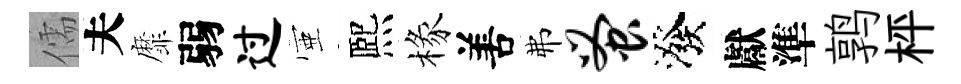
儒夫靡弱过壺熈椽𠵊弗蚤潑獻準鹑枰